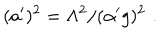
LaTeX: ( a ^ { \prime } ) ^ { 2 } = \Lambda ^ { 2 } / ( { \alpha ^ { \prime } } g ) ^ { 2 } \, \, .